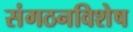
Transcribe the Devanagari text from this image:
संगठनविशेष